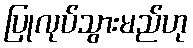
ပြုလုပ်သွားမည်ဟု